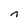
Character: n